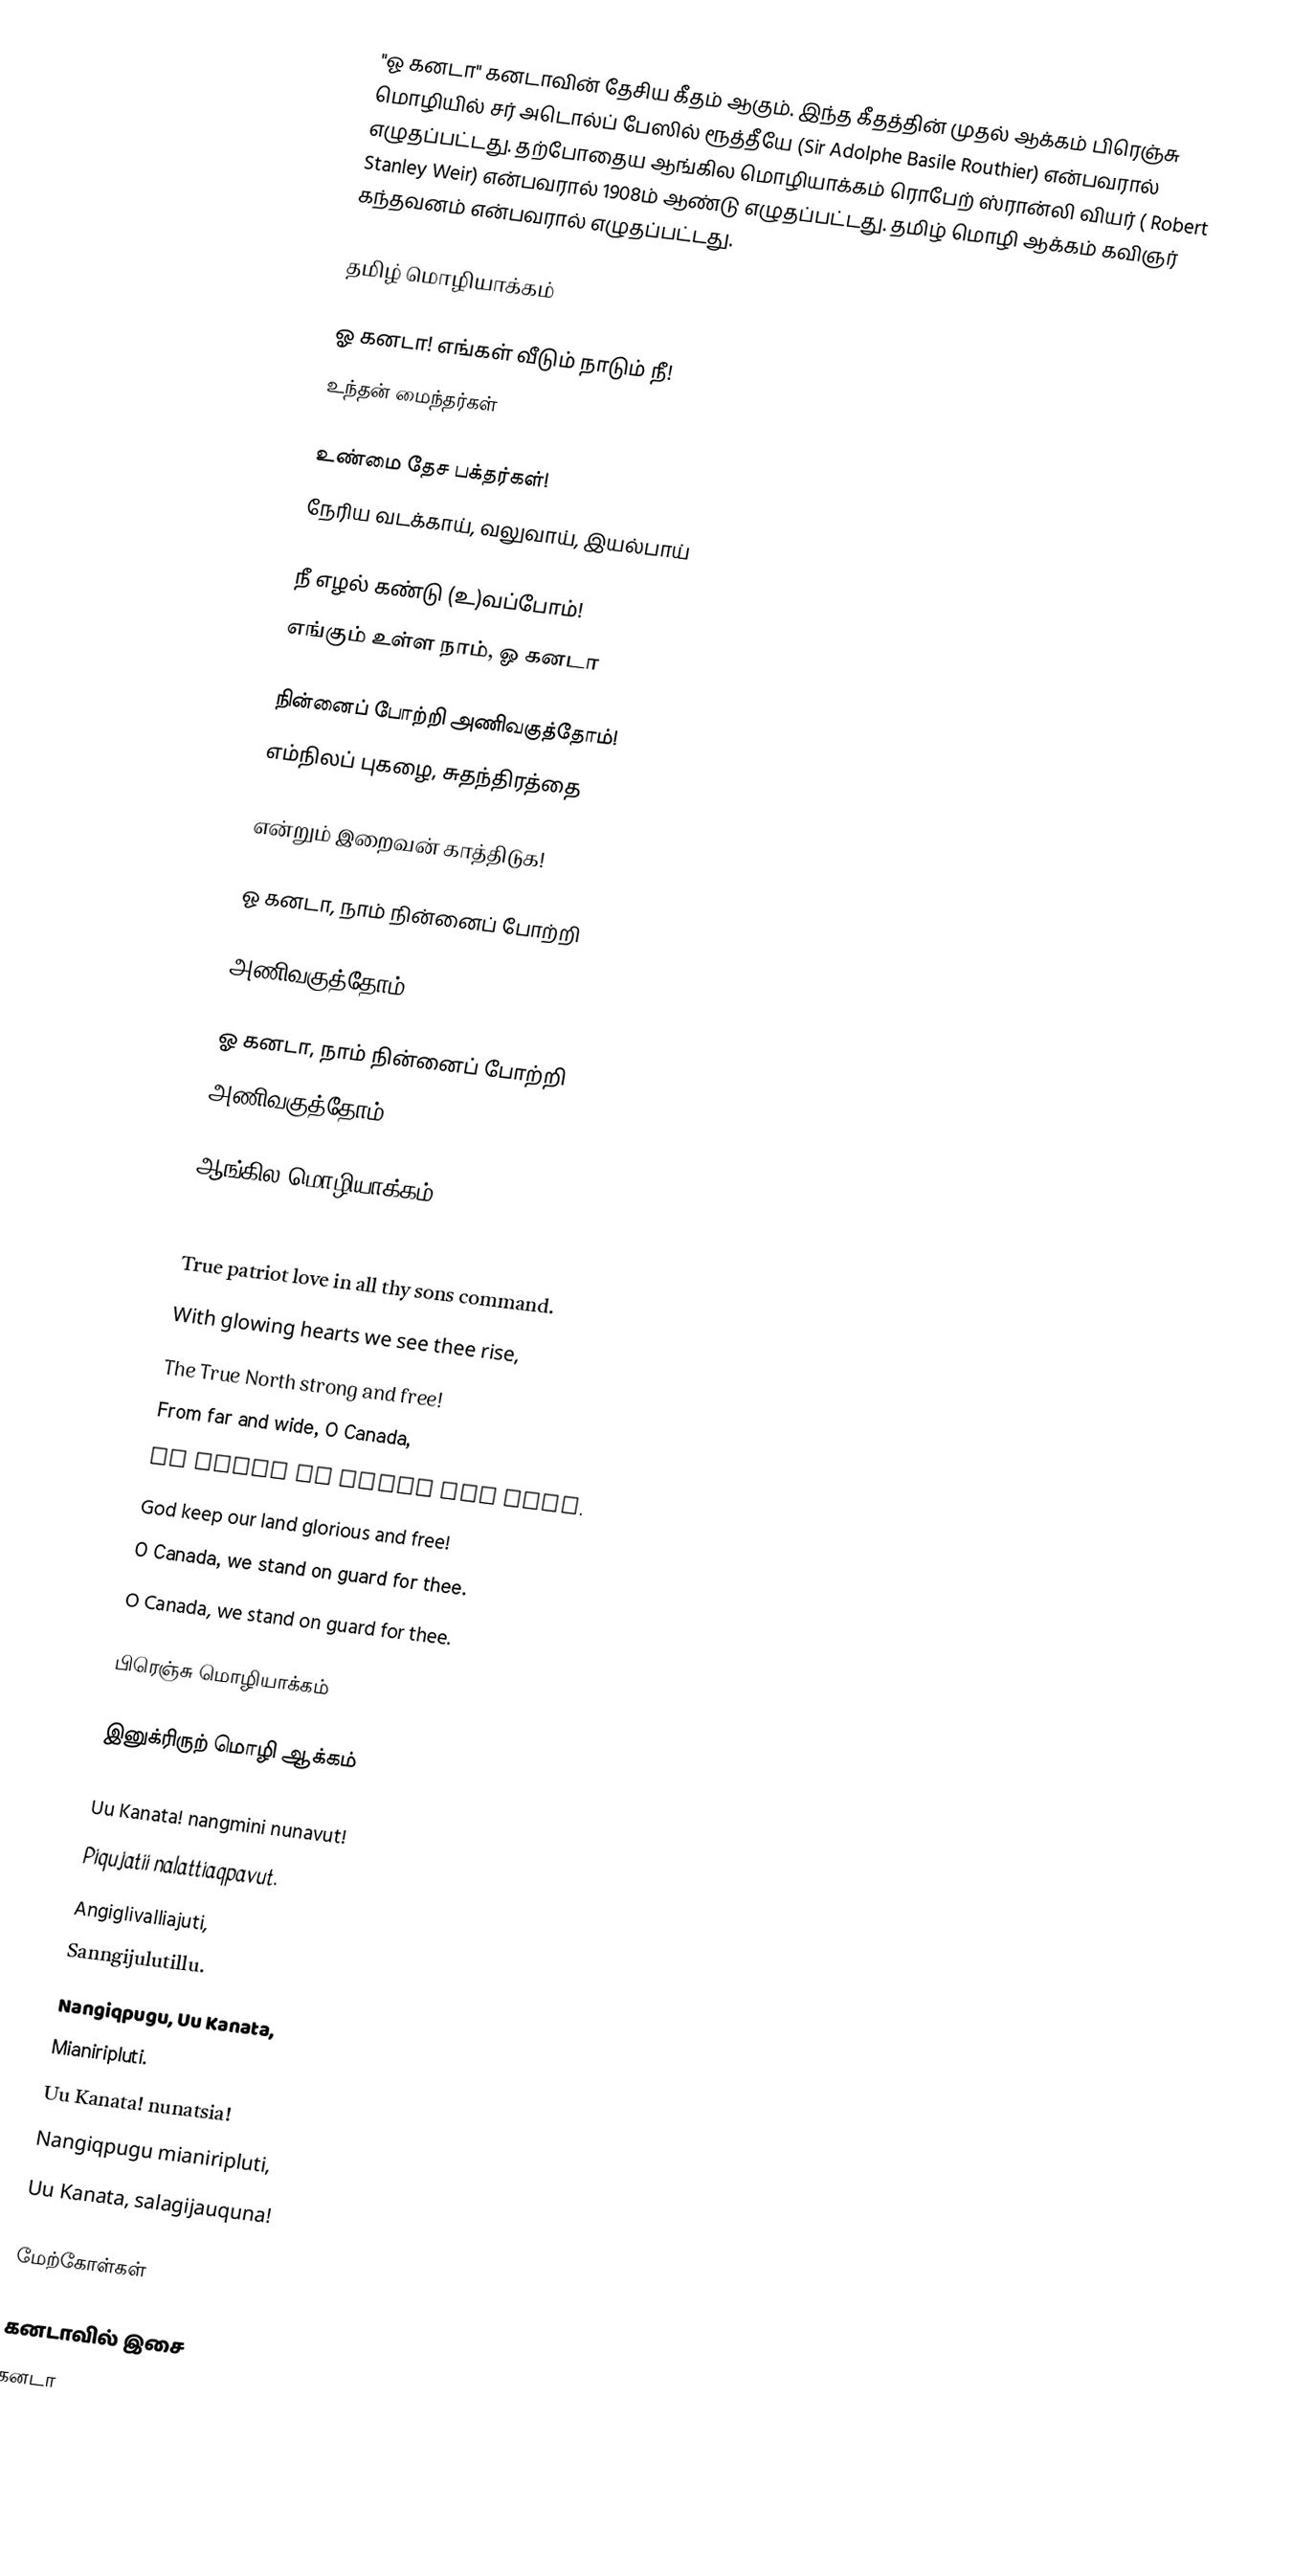
"ஓ கனடா" கனடாவின் தேசிய கீதம் ஆகும். இந்த கீதத்தின் முதல் ஆக்கம் பிரெஞ்சு மொழியில் சர் அடொல்ப் பேஸில் ரூத்தீயே (Sir Adolphe Basile Routhier) என்பவரால் எழுதப்பட்டது. தற்போதைய ஆங்கில மொழியாக்கம் ரொபேற் ஸ்ரான்லி வியர் ( Robert Stanley Weir) என்பவரால் 1908ம் ஆண்டு எழுதப்பட்டது. தமிழ் மொழி ஆக்கம் கவிஞர் கந்தவனம் என்பவரால் எழுதப்பட்டது.

தமிழ் மொழியாக்கம்

ஓ கனடா! எங்கள் வீடும் நாடும் நீ!
உந்தன் மைந்தர்கள்

உண்மை தேச பக்தர்கள்!
நேரிய வடக்காய், வலுவாய், இயல்பாய்

நீ எழல் கண்டு (உ)வப்போம்!
எங்கும் உள்ள நாம், ஓ கனடா

நின்னைப் போற்றி அணிவகுத்தோம்!
எம்நிலப் புகழை, சுதந்திரத்தை

என்றும் இறைவன் காத்திடுக!

ஓ கனடா, நாம் நின்னைப் போற்றி

அணிவகுத்தோம்!

ஓ கனடா, நாம் நின்னைப் போற்றி
அணிவகுத்தோம்!

ஆங்கில மொழியாக்கம்

 O Canada! Our home and native land!
 True patriot love in all thy sons command.
 With glowing hearts we see thee rise,
 The True North strong and free!
 From far and wide, O Canada,
 We stand on guard for thee.
 God keep our land glorious and free!
 O Canada, we stand on guard for thee.
 O Canada, we stand on guard for thee.

பிரெஞ்சு மொழியாக்கம்

இனுக்ரிருற் மொழி ஆக்கம்

Uu Kanata! nangmini nunavut!
Piqujatii nalattiaqpavut.
Angiglivalliajuti,
Sanngijulutillu.
Nangiqpugu, Uu Kanata,
Mianiripluti.
Uu Kanata! nunatsia!
Nangiqpugu mianiripluti,
Uu Kanata, salagijauquna!

மேற்கோள்கள்

கனடாவில் இசை
கனடா